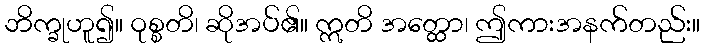
ဘိက္ခုဟူ၍။ ဝုစ္စတိ၊ ဆိုအပ်၏။ ဣတိ အတ္ထော၊ ဤကားအနက်တည်း။